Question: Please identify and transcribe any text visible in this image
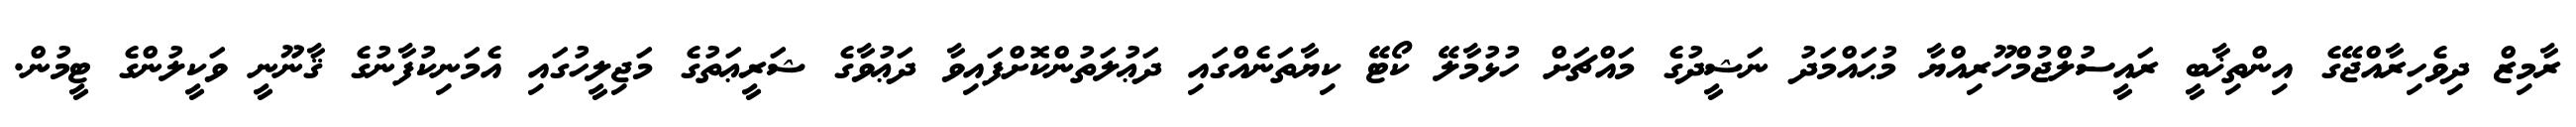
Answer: ރާމިޒް ދިވެހިރާއްޖޭގެ އިންތިޚާބީ ރައީސުލްޖުމްހޫރިއްޔާ މުޙައްމަދު ނަޝީދުގެ މައްޗަށް ހުޅުމާލޭ ކޯޓޭ ކިޔާތަނެއްގައި ދަޢުލަތުންކޮށްފައިވާ ދަޢުވާގެ ޝަރީޢަތުގެ މަޖިލީހުގައި އެމަނިކުފާނުގެ ޤާނޫނީ ވަކީލުންގެ ޓީމުން.